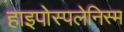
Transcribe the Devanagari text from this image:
हाइपोस्पलेनिस्म